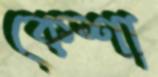
কেশা